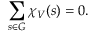
\sum _ { s \in G } \chi _ { V } ( s ) = 0 .